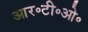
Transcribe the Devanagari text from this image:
आर॰टी॰ओ॰